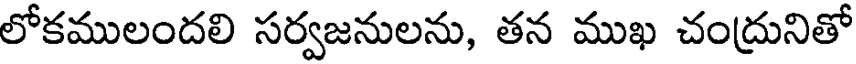
లోకములందలి సర్వజనులను, తన ముఖ చంద్రునితో